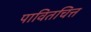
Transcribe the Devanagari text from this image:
पावितचित्त